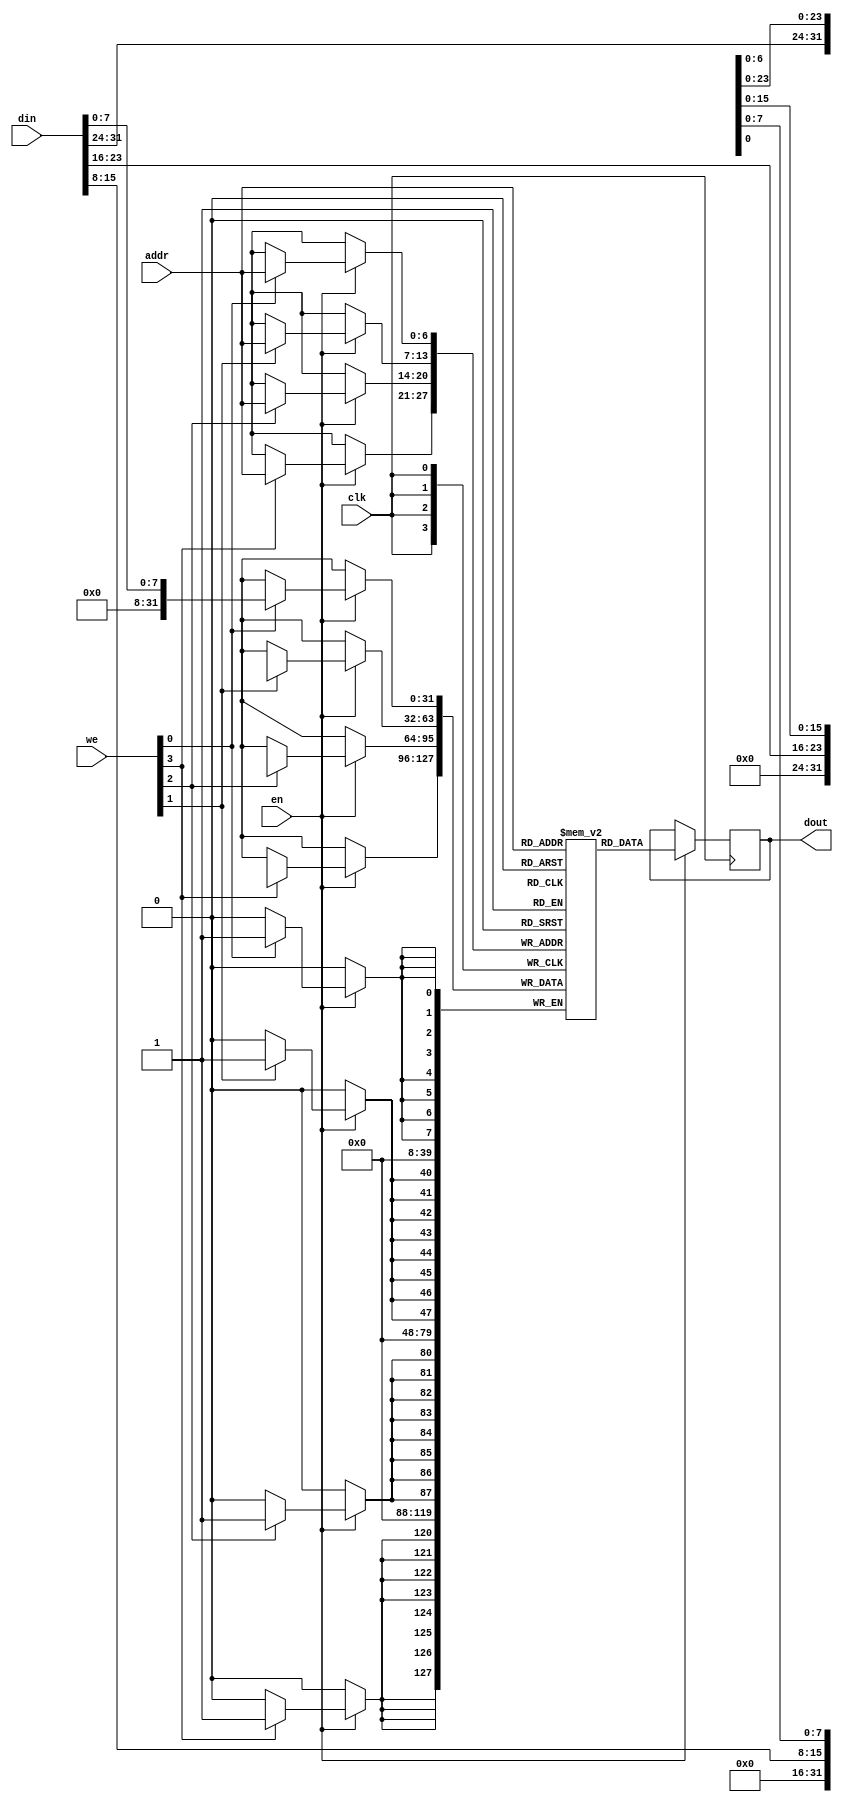
module memory #(
    parameter MEM_WIDTH = 32,
    parameter DEPTH = 128,
    parameter NUM_BYTES_PER_WORD = MEM_WIDTH/8,
    parameter MEM_ADDR_WIDTH = $clog2(DEPTH)
) (
    input clk,
    input en, 
    input [NUM_BYTES_PER_WORD-1:0] we,
    input [MEM_ADDR_WIDTH-1:0] addr,
    input [MEM_WIDTH-1:0] din,
    output reg [MEM_WIDTH-1:0] dout
);
    // No change needs to be made for this file
    // See page 133 of the Vivado Synthesis Guide for the template
    // https://www.xilinx.com/support/documentation/sw_manuals/xilinx2016_4/ug901-vivado-synthesis.pdf

    reg [MEM_WIDTH-1:0] mem [DEPTH-1:0];

    integer i;
    always @(posedge clk) begin
        if (en) begin
            for(i=0; i < NUM_BYTES_PER_WORD; i=i+1) begin
                if (we[i]) begin
                    mem[addr][i*8 +: 8] <= din[i*8 +: 8];
                end
            end
        dout <= mem[addr];
        end
    end
    
endmodule